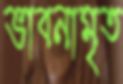
ভাবনামৃত